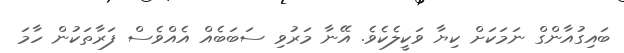
ބައިގުއާންގް ނަމަކަށް ކިޔާ ވަކީލެކެވެ. އޭނާ މަރުވި ސަބަބެއް އެއްވެސް ފަރާތަކުން ހާމަ